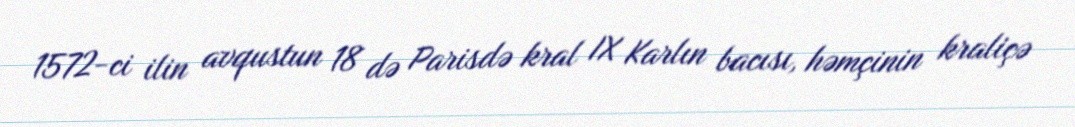
1572-ci ilin avqustun 18 də Parisdə kral IX Karlın bacısı, həmçinin kraliçə